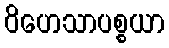
ဝိဟေသာပစ္စယာ